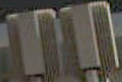
חח